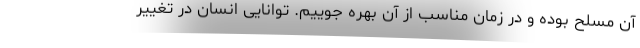
آن مسلح بوده و در زمان مناسب از آن بهره جوییم. توانایی انسان در تغییر